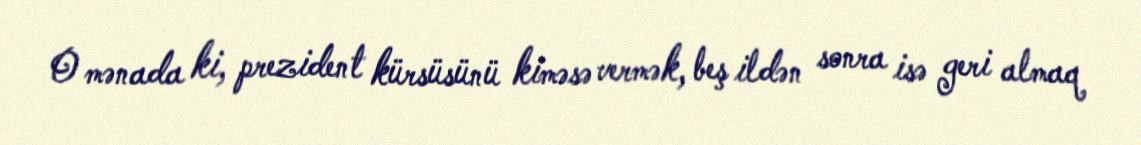
O mənada ki, prezident kürsüsünü kiməsə vermək, beş ildən sonra isə geri almaq